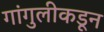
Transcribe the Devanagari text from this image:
गांगुलीकडून